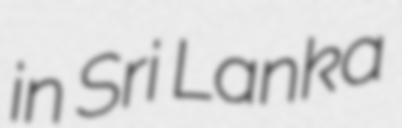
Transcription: in Sri Lanka